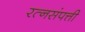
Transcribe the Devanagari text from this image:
रत्नसंपत्ती